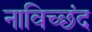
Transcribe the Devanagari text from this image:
नाविच्छंद